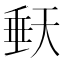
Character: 𭏀